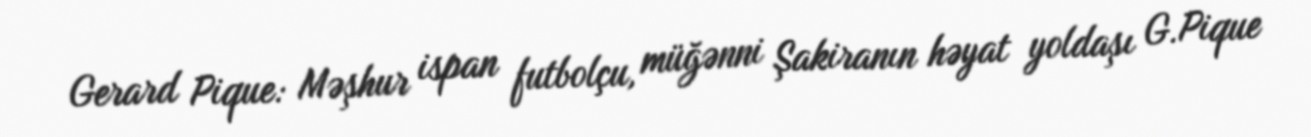
Gerard Pique: Məşhur ispan futbolçu, müğənni Şakiranın həyat yoldaşı G.Pique